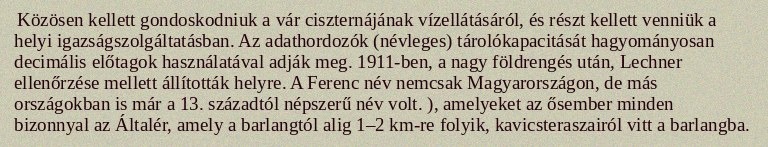
Közösen kellett gondoskodniuk a vár ciszternájának vízellátásáról, és részt kellett venniük a helyi igazságszolgáltatásban. Az adathordozók (névleges) tárolókapacitását hagyományosan decimális előtagok használatával adják meg. 1911-ben, a nagy földrengés után, Lechner ellenőrzése mellett állították helyre. A Ferenc név nemcsak Magyarországon, de más országokban is már a 13. századtól népszerű név volt. ), amelyeket az ősember minden bizonnyal az Általér, amely a barlangtól alig 1–2 km-re folyik, kavicsteraszairól vitt a barlangba.